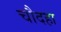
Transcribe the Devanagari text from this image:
चौदहा